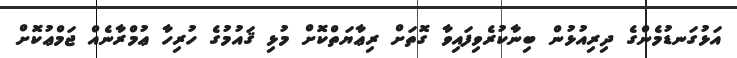
އަޅުގަނޑުމެންގެ ދިރިއުޅުން ބިނާކުރެވިފައިވާ ގޮތަށް ރިޢާޔަތްކޮށް މުޅި ޤައުމުގެ ހުރިހާ ޢުމްރާނެއް ޖަމްޢުކޮށް